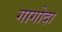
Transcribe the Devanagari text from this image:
गागोदा